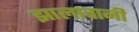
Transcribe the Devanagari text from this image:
झालावानी